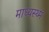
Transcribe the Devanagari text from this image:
माध्यस्थ्म